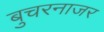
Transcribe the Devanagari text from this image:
बुचरनाजर